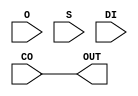
module CARRY_CO_DIRECT(input CO, input O, input S, input DI, output OUT);

parameter TOP_OF_CHAIN = 1'b0;

assign OUT = CO;

endmodule